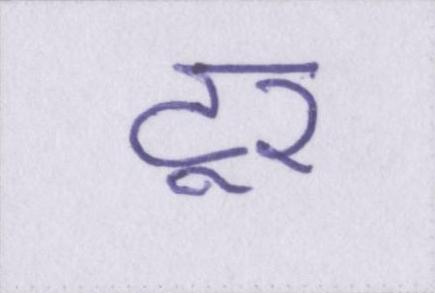
टूर